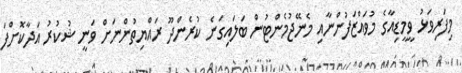
މިފަރިވަޅު ވީމީޑިއާގެ މުވައްޒަފުންނާއި މެނޭޖުމެންޓުން ބަލައިގަނެ ކުރެންދޫ ރައްޔިތުންނަށް ވަނީ ޝުކުރު އަދާކޮށްފަ